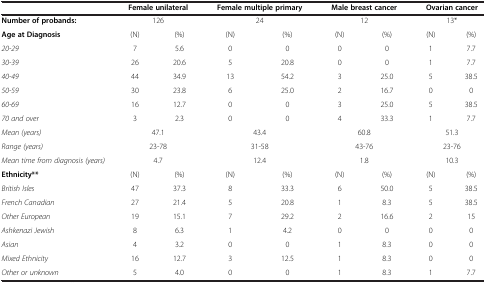
|  | <COLSPAN=2> Female unilateral | <COLSPAN=2> Female multiple primary | <COLSPAN=2> Male breast cancer | <COLSPAN=2> Ovarian cancer |
 | --- | --- | --- | --- | --- | --- | --- | --- | --- |
 | Number of probands: | <COLSPAN=2> 126 | <COLSPAN=2> 24 | <COLSPAN=2> 12 | <COLSPAN=2> 13* |
 | Age at Diagnosis | (N) | (%) | (N) | (%) | (N) | (%) | (N) | (%) |
 | 20-29 | 7 | 5.6 | 0 | 0 | 0 | 0 | 1 | 7.7 |
 | 30-39 | 26 | 20.6 | 5 | 20.8 | 0 | 0 | 1 | 7.7 |
 | 40-49 | 44 | 34.9 | 13 | 54.2 | 3 | 25.0 | 5 | 38.5 |
 | 50-59 | 30 | 23.8 | 6 | 25.0 | 2 | 16.7 | 0 | 0 |
 | 60-69 | 16 | 12.7 | 0 | 0 | 3 | 25.0 | 5 | 38.5 |
 | 70 and over | 3 | 2.3 | 0 | 0 | 4 | 33.3 | 1 | 7.7 |
 | Mean (years) | <COLSPAN=2> 47.1 | <COLSPAN=2> 43.4 | <COLSPAN=2> 60.8 | <COLSPAN=2> 51.3 |
 | Range (years) | <COLSPAN=2> 23-78 | <COLSPAN=2> 31-58 | <COLSPAN=2> 43-76 | <COLSPAN=2> 23-76 |
 | Mean time from diagnosis (years) | <COLSPAN=2> 4.7 | <COLSPAN=2> 12.4 | <COLSPAN=2> 1.8 | <COLSPAN=2> 10.3 |
 | Ethnicity** | (N) | (%) | (N) | (%) | (N) | (%) | (N) | (%) |
 | British Isles | 47 | 37.3 | 8 | 33.3 | 6 | 50.0 | 5 | 38.5 |
 | French Canadian | 27 | 21.4 | 5 | 20.8 | 1 | 8.3 | 5 | 38.5 |
 | Other European | 19 | 15.1 | 7 | 29.2 | 2 | 16.6 | 2 | 15 |
 | Ashkenazi Jewish | 8 | 6.3 | 1 | 4.2 | 0 | 0 | 0 | 0 |
 | Asian | 4 | 3.2 | 0 | 0 | 1 | 8.3 | 0 | 0 |
 | Mixed Ethnicity | 16 | 12.7 | 3 | 12.5 | 1 | 8.3 | 0 | 0 |
 | Other or unknown | 5 | 4.0 | 0 | 0 | 1 | 8.3 | 1 | 7.7 |